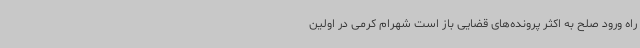
راه ورود صلح به اکثر پرونده‌های قضایی باز است شهرام کرمی در اولین